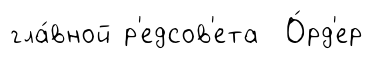
гла́вной р'едсов'ета О́рд'ер